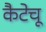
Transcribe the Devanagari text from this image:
कैटेचू